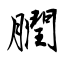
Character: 膶